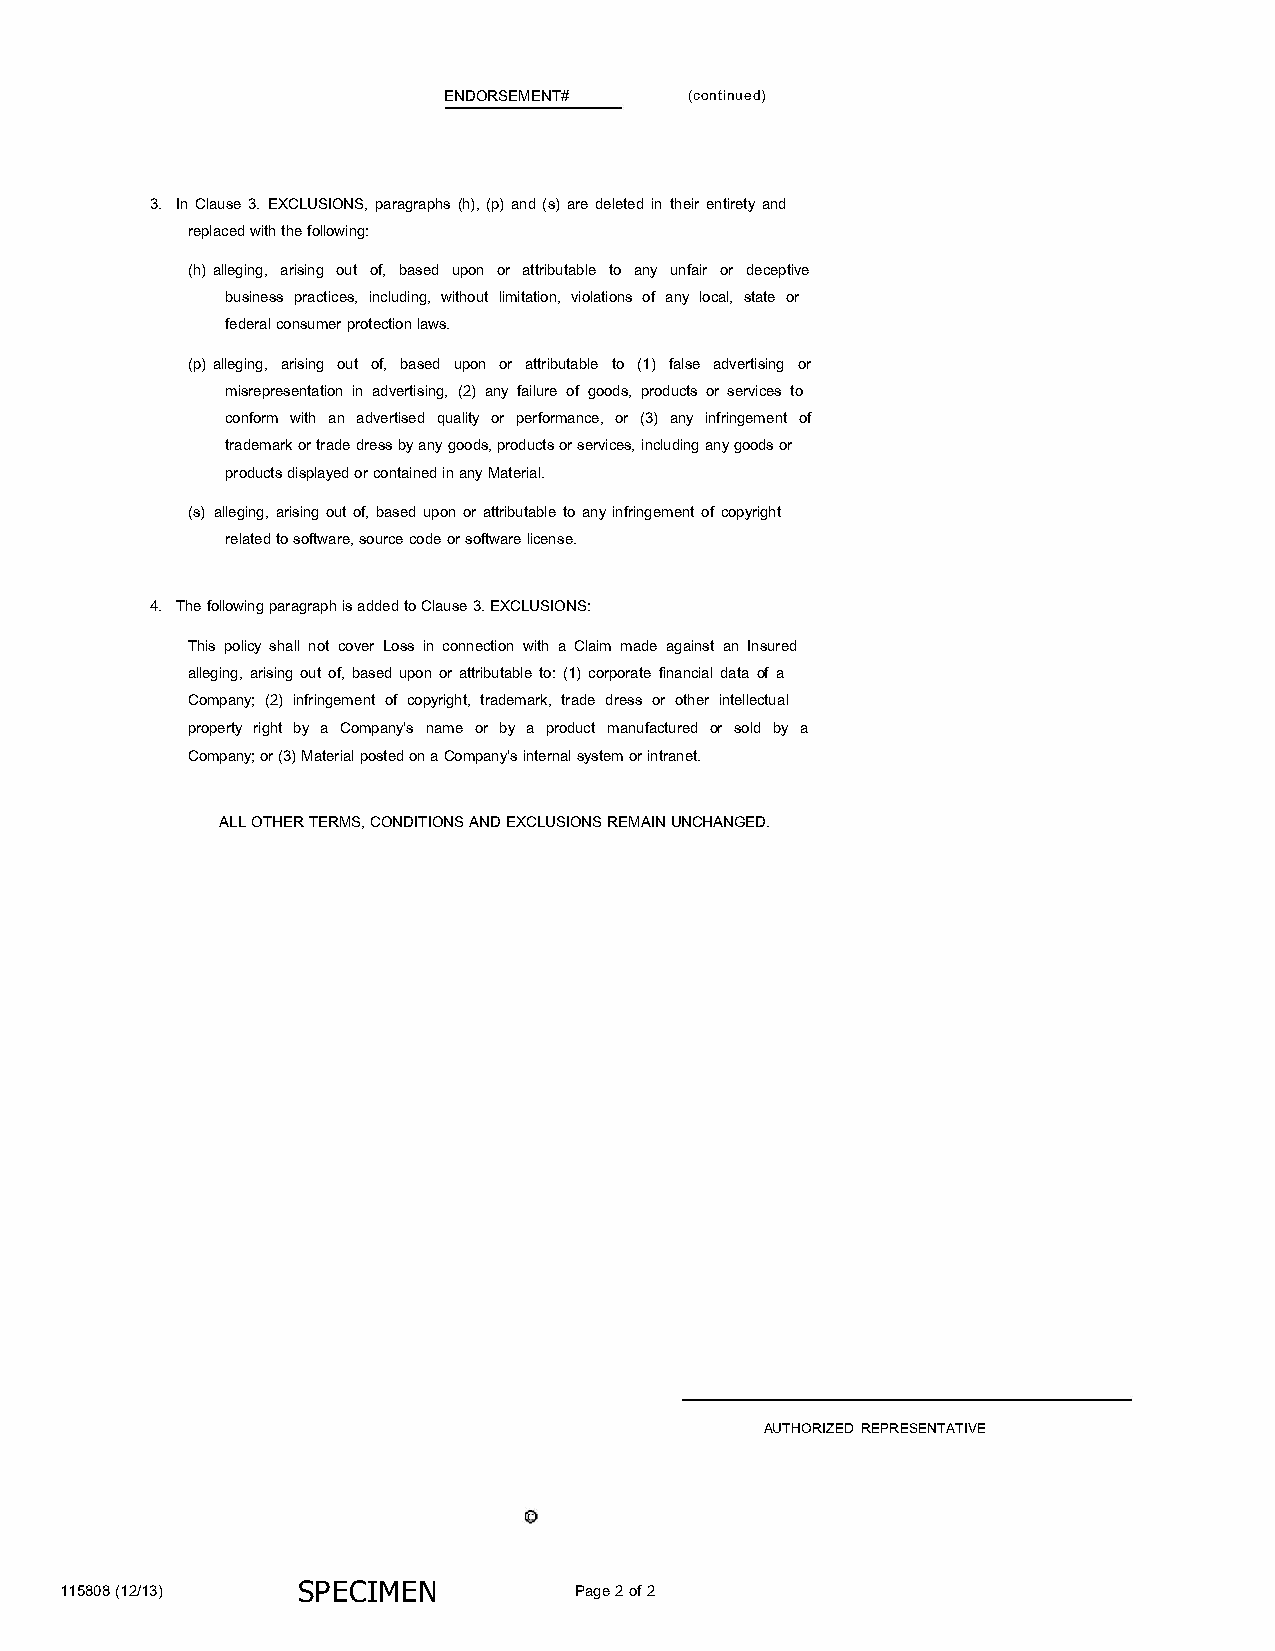
ENDORSEMENT#     (continued)
 3. In Clause 3. EXCLUSIONS, paragraphs (h), (p) and (s) are deleted in their entirety and
 replaced with the following:
 (h) alleging, arising out of, based upon or attributable to any unfair or deceptive
 business practices, including, without limitation, violations of any local, state or
 federal consumer protection laws.
 (p) alleging, arising out of, based upon or attributable to (1) false advertising or
 misrepresentation in advertising, (2) any failure of goods, products or services to
 conform with an advertised quality or performance, or (3) any infringement of
 trademark or trade dress by any goods, products or services, including any goods or
 products displayed or contained in any Material.
 (s) alleging, arising out of, based upon or attributable to any infringement of copyright
 related to software, source code or software license.
 4. The following paragraph is added to Clause 3. EXCLUSIONS:
 This policy shall not cover Loss in connection with a Claim made against an Insured
 alleging, arising out of, based upon or attributable to: (1) corporate financial data of a
 Company; (2) infringement of copyright, trademark, trade dress or other intellectual
 property right by a Company's name or by a product manufactured or sold by a
 Company; or (3) Material posted on a Company's internal system or intranet.
 ALL OTHER TERMS, CONDITIONS AND EXCLUSIONS REMAIN UNCHANGED.
 AUTHORIZED REPRESENTATIVE
 115808 (12/13)  SP ECIMEN         Page 2 of 2